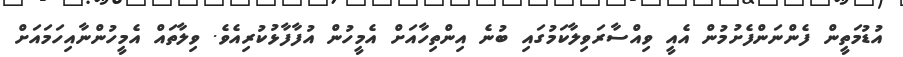
އުޑުމަތީން ފެންނަންފެށުމުން އެއީ ވިއްސާރަވިލާކަމުގައި ބުނެ އިންތިހާއަށް އެމީހުން އުފާފާޅުކުރިއެވެ. ވިލާތައް އެމީހުންނާއިހަމައަށް